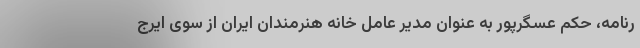
رنامه، حکم عسگرپور به عنوان مدیر عامل خانه هنرمندان ایران از سوی ایرج